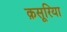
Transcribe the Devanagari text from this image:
क़सूरिया